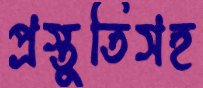
প্রস্তুতিসহ